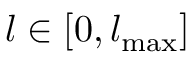
l \in [ 0 , { l _ { { \mathrm { m a x } } } } ]